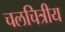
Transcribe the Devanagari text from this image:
चलचित्रीय